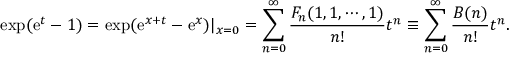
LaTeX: \exp ( \mathrm { e } ^ { t } - 1 ) = \exp ( \mathrm { e } ^ { x + t } - \mathrm { e } ^ { x } ) | _ { x = 0 } = \sum _ { n = 0 } ^ { \infty } \frac { F _ { n } ( 1 , 1 , \cdots , 1 ) } { n ! } t ^ { n } \equiv \sum _ { n = 0 } ^ { \infty } \frac { B ( n ) } { n ! } t ^ { n } .